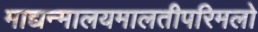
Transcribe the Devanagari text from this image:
माद्यन्मालयमालतीपरिमलो